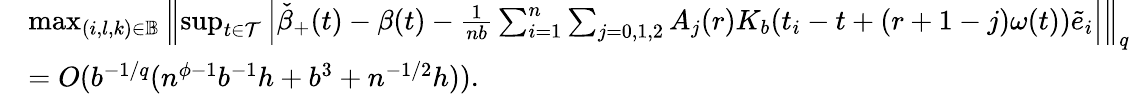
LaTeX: \begin{array}{rl}&{\operatorname*{max}_{(i,l,k)\in\mathbb{B}}\left\| \operatorname*{sup}_{t\in\mathcal{T}}\left|\check{\beta}_{+}(t)-\beta(t)-\frac{1}{nb}\sum_{i=1}^{n}\sum_{j=0,1,2}A_{j}(r)K_{b}(t_{i}-t+(r+1-j)\omega(t))\tilde{e}_{i}\right|\right\| _{q}}\\ &{=O(b^{-1/q}(n^{\phi-1}b^{-1}h+b^{3}+n^{-1/2}h)).}\end{array}